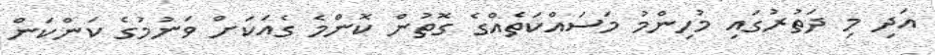
އަދި މި ދަތުރުގައި މުހިންމު މަސައްކަތެއްގެ ގޮތުން ކޮންމެ ގެއަކަށް ވަނުމުގެ ކަންކަން